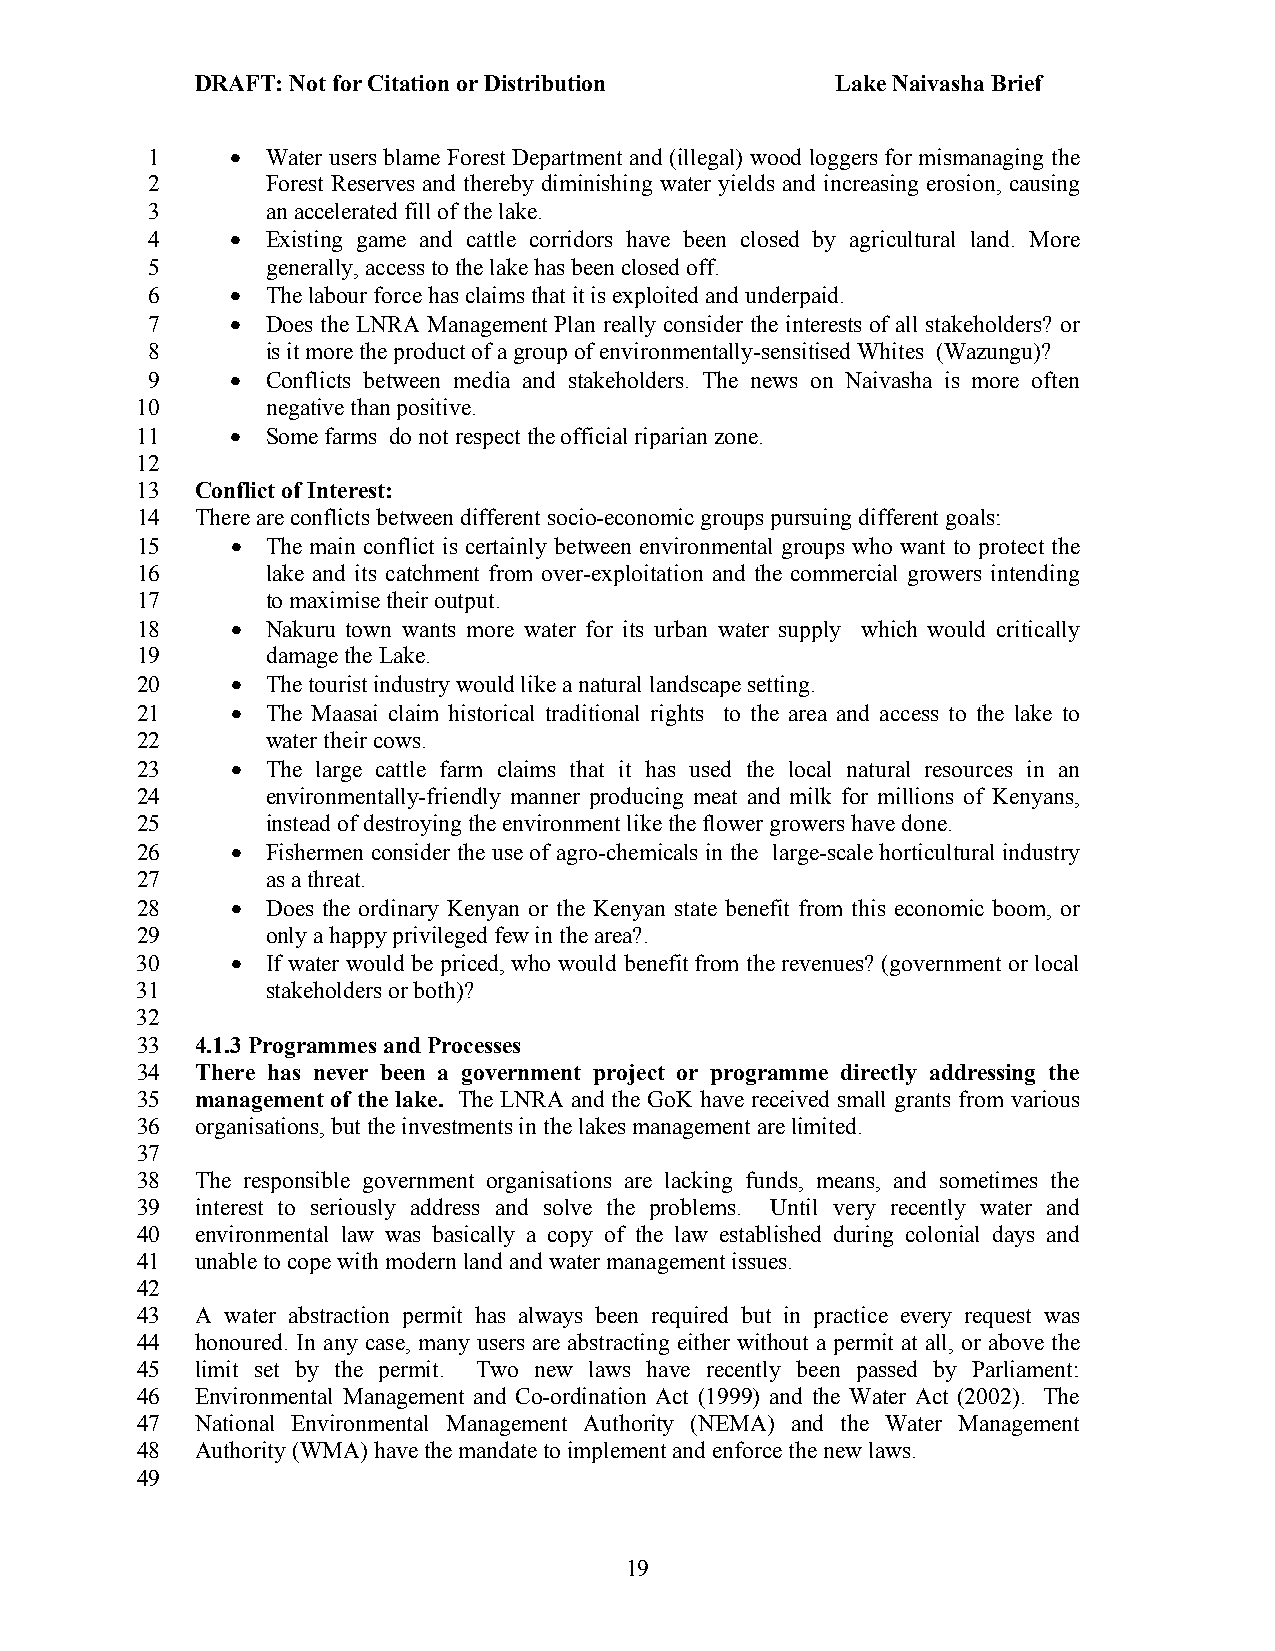
DRAFT: Not for Citation or Distribution   Lake Naivasha Brief
 1    •  Water users blame Forest Department and (illegal) wood loggers for mismanaging the
 2       Forest Reserves and thereby diminishing water yields and increasing erosion, causing
 3       an accelerated fill of the lake.
 4    •  Existing game and cattle corridors have been closed by agricultural land. More
 5       generally, access to the lake has been closed off.
 6    •  The labour force has claims that it is exploited and underpaid.
 7    •  Does the LNRA Management Plan really consider the interests of all stakeholders? or
 8       is it more the product of a group of environmentally-sensitised Whites (Wazungu)?
 9    •  Conflicts between media and stakeholders. The news on Naivasha is more often
 10       negative than positive.
 11    •  Some farms do not respect the official riparian zone.
 12
 13  Conflict of Interest:
 14  There are conflicts between different socio-economic groups pursuing different goals:
 15    •  The main conflict is certainly between environmental groups who want to protect the
 16       lake and its catchment from over-exploitation and the commercial growers intending
 17       to maximise their output.
 18    •  Nakuru town wants more water for its urban water supply which would critically
 19       damage the Lake.
 20    •  The tourist industry would like a natural landscape setting.
 21    •  The Maasai claim historical traditional rights to the area and access to the lake to
 22       water their cows.
 23    •  The large cattle farm claims that it has used the local natural resources in an
 24       environmentally-friendly manner producing meat and milk for millions of Kenyans,
 25       instead of destroying the environment like the flower growers have done.
 26    •  Fishermen consider the use of agro-chemicals in the large-scale horticultural industry
 27       as a threat.
 28    •  Does the ordinary Kenyan or the Kenyan state benefit from this economic boom, or
 29       only a happy privileged few in the area?.
 30    •  If water would be priced, who would benefit from the revenues? (government or local
 31       stakeholders or both)?
 32
 33  4.1.3 Programmes and Processes
 34  There has never been a government project or programme directly addressing the
 35  management of the lake. The LNRA and the GoK have received small grants from various
 36  organisations, but the investments in the lakes management are limited.
 37
 38  The responsible government organisations are lacking funds, means, and sometimes the
 39  interest to seriously address and solve the problems. Until very recently water and
 40  environmental law was basically a copy of the law established during colonial days and
 41  unable to cope with modern land and water management issues.
 42
 43  A water abstraction permit has always been required but in practice every request was
 44  honoured. In any case, many users are abstracting either without a permit at all, or above the
 45  limit set by the permit. Two new laws have recently been passed by Parliament:
 46  Environmental Management and Co-ordination Act (1999) and the Water Act (2002). The
 47  National Environmental Management Authority (NEMA) and the Water Management
 48  Authority (WMA) have the mandate to implement and enforce the new laws.
 49
 19